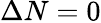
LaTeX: \Delta N=0